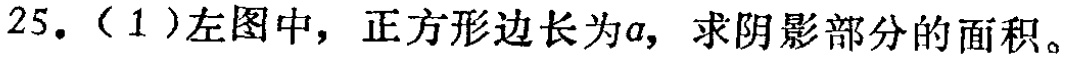
25.（1）左图中，正方形边长为\(a\)，求阴影部分的面积。